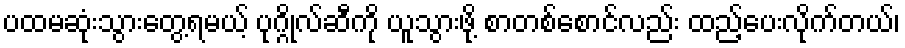
ပထမဆုံးသွားတွေ့ရမယ့် ပုဂ္ဂိုလ်ဆီကို ယူသွားဖို့ စာတစ်စောင်လည်း ထည့်ပေးလိုက်တယ်၊